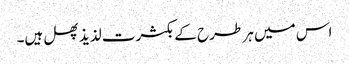
اس میں ہر طرح کے بکثرت لذیذ پھل ہیں۔